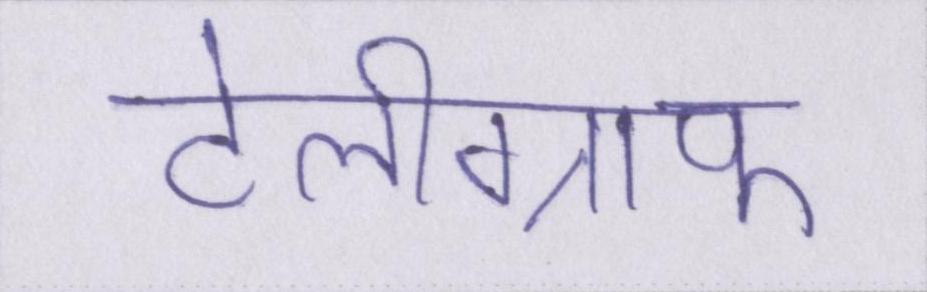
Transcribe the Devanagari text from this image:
टेलीग्राफ